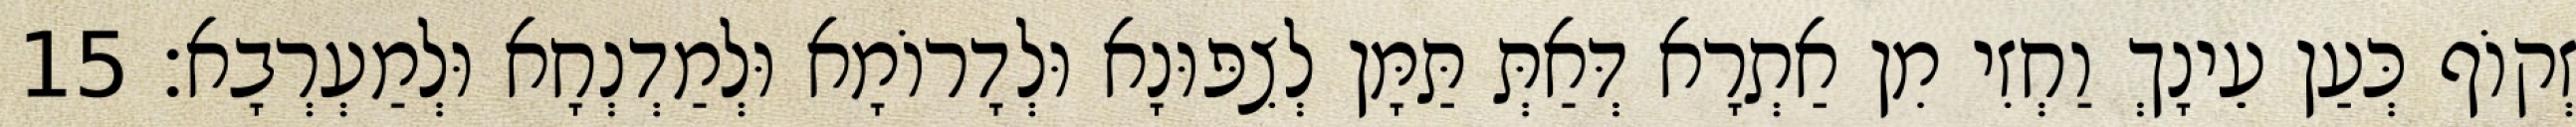
זְקוֹף כְּעַן עֵינָךְ וַחְזִי מִן אַתְרָא דְּאַתְּ תַּמָּן לְצִפּוּנָא וּלְדָרוֹמָא וּלְמַדְנְחָא וּלְמַעְרְבָא׃ 15